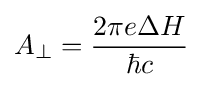
A_{\perp }={\frac {2\pi e\Delta H}{\hbar c}}